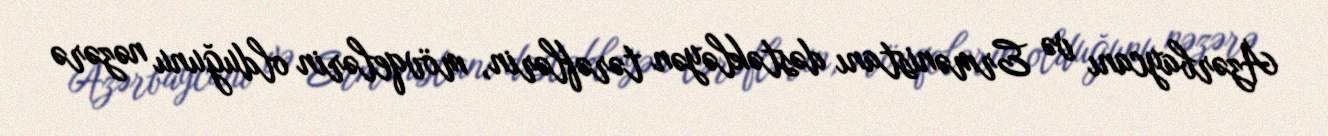
Azərbaycanı və Ermənistanı dəstəkləyən tərəflərin, mövqelərin olduğunu nəzərə